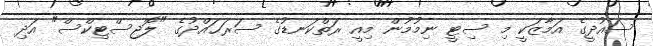
ސައުދީގެ އަމާޒަކީ މި ސިޓީ ނިމުމުން މިއީ ރަތްކަނޑުގެ ސަރަޙައްދުގެ "ލޮޖިސްޓިކްސް" އަދި